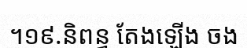
។១៩.និពន្ធ តែងឡើង ចង